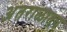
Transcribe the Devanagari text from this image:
अंतराळातच